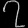
Digit: ၇